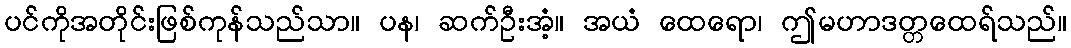
ပင်ကိုအတိုင်းဖြစ်ကုန်သည်သာ။ ပန၊ ဆက်ဦးအံ့။ အယံ ထေရော၊ ဤမဟာဒတ္တထေရ်သည်။